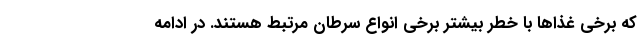
که برخی غذاها با خطر بیشتر برخی انواع سرطان مرتبط هستند. در ادامه